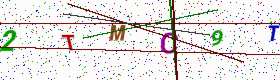
Text: 2TMC9T